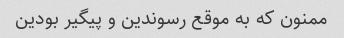
ممنون که به موقع رسوندین و پیگیر بودین